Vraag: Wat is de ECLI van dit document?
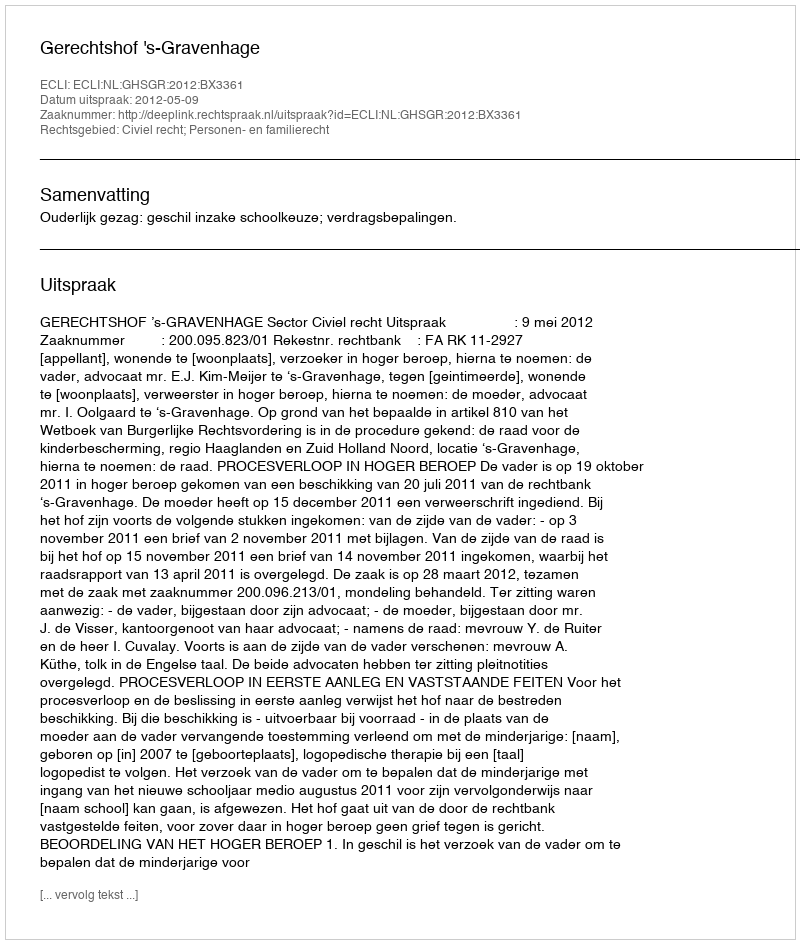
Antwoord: ECLI:NL:GHSGR:2012:BX3361